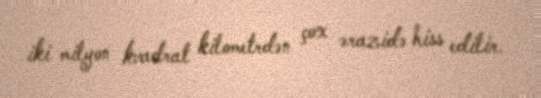
iki milyon kvadrat kilometrdən çox ərazidə hiss edilir.